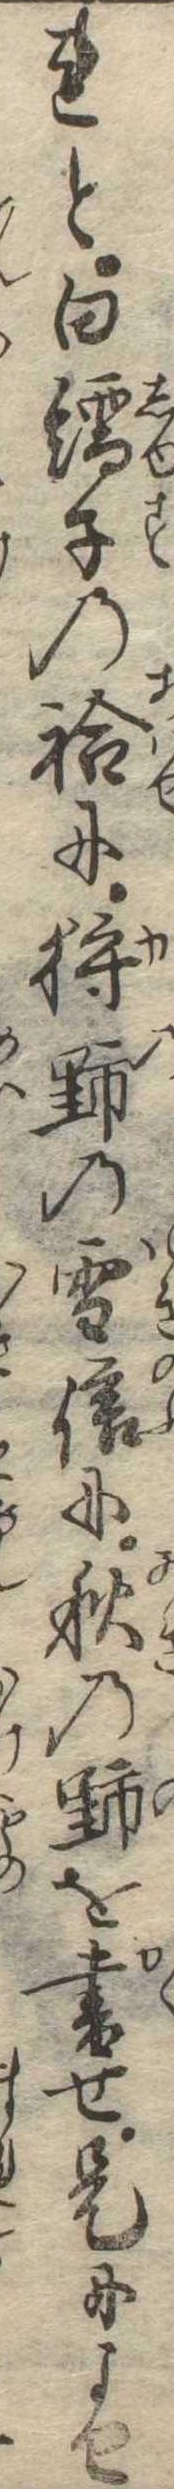
れと白繻子の袷に狩野の雪信に秋の野を書せ是によせ